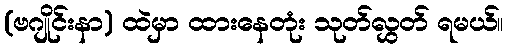
(ဗဂျိုင်းနာ) ထဲမှာ ထားနေတုံး သုတ်လွှတ် ရမယ်။